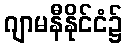
ဂျာမနီနိုင်ငံ၌